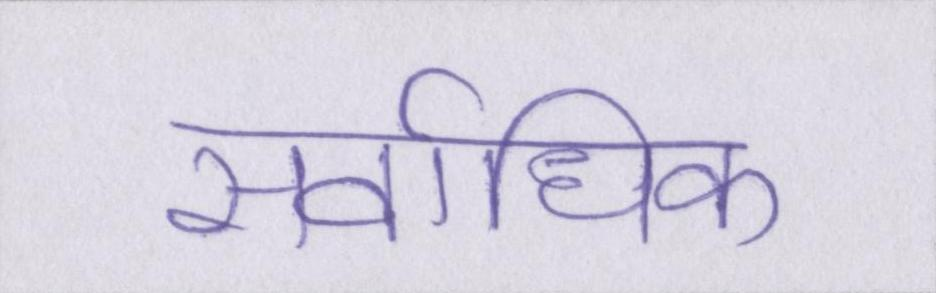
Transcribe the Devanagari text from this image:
सर्वाधिक